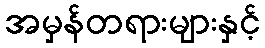
အမှန်တရားများနှင့်